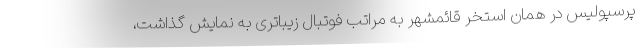
پرسپولیس در همان استخر قائمشهر به مراتب فوتبال زیباتری به نمایش گذاشت،